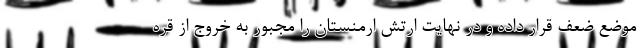
موضع ضعف قرار داده و در نهایت ارتش ارمنستان را مجبور به خروج از قره